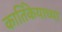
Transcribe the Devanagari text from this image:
कार्तिकेयाच्या